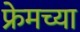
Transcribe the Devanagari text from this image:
फ्रेमच्या